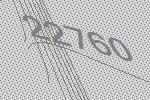
22760